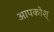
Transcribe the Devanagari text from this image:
आपकोश्